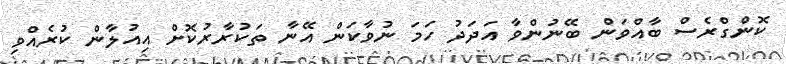
ކޮންގްރެސް ބާއްވަން ބޭނުންވާ އަދަދު ހަމަ ނުވާކަން އޭނާ ތަކުރާރުކޮށް އިއުލާން ކުރެއްވި